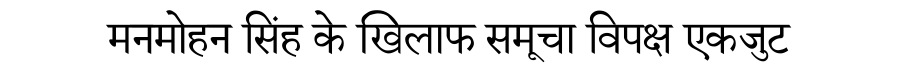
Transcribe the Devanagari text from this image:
मनमोहन सिंह के खिलाफ समूचा विपक्ष एकजुट